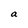
Character: a